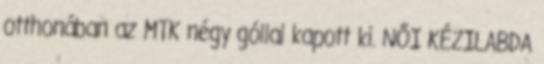
otthonában az MTK négy góllal kapott ki. NŐI KÉZILABDA